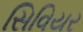
સિવિયર